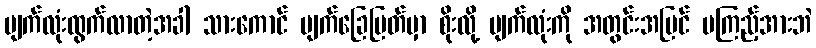
မျက်လုံးထွက်လာတဲ့အခါ သားကောင် မျက်ခြေပြတ်မှာ စိုးလို့ မျက်လုံးကို အတွင်းအပြင် မကြည့်အားဘဲ